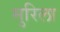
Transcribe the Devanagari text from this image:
मुरिला